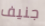
جنيف